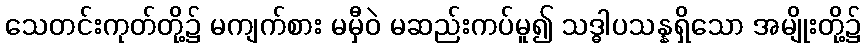
သေတင်းကုတ်တို့၌ မကျက်စား မမှီဝဲ မဆည်းကပ်မူ၍ သဒ္ဓါပသန္နရှိသော အမျိုးတို့၌